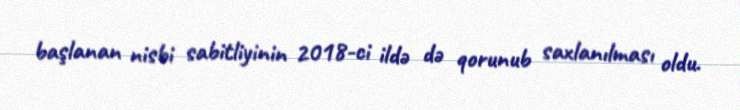
başlanan nisbi sabitliyinin 2018-ci ildə də qorunub saxlanılması oldu.